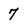
Character: 7